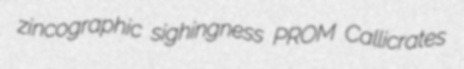
zincographic sighingness PROM Callicrates